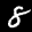
Label: 8